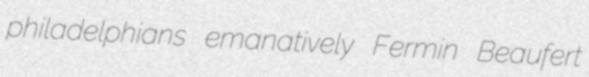
philadelphians emanatively Fermin Beaufert